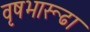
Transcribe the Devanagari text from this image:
वृषभारूढा